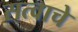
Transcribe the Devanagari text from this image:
सत्वाचे